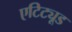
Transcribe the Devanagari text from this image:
एटिट्यूड